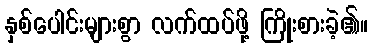
နှစ်ပေါင်းများစွာ လက်ထပ်ဖို့ ကြိုးစားခဲ့၏။